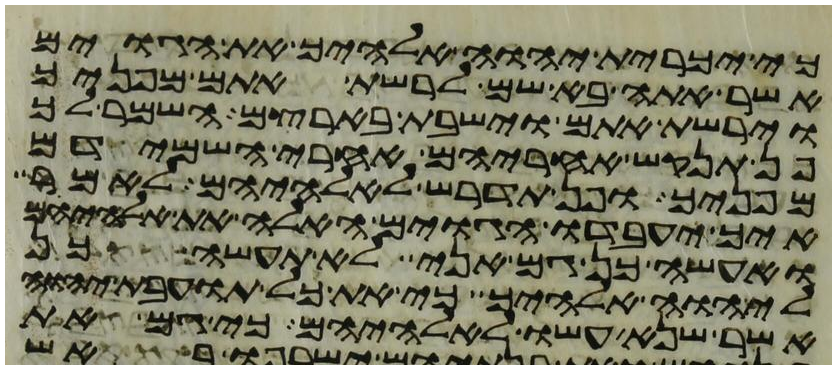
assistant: כי יכרית יהוה אלהיך את הגוים
אשר אתה בא שם לרשת אתם מפניך
וירשת אתם וישבת בארצם השמר לך
פן תנקש אחריהם אחרי השמידם
מפניך ופן תדרש לאלהיהם לאמר
איך יעבדו הגוים האלה את אלהיהם
ואעשה כן גם אני לא תעשה כן
ליהוה אלהיך כי את כל תועבת יהוה
אשר שנא עשו לאלהיהם כי גם את